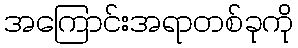
အကြောင်းအရာတစ်ခုကို